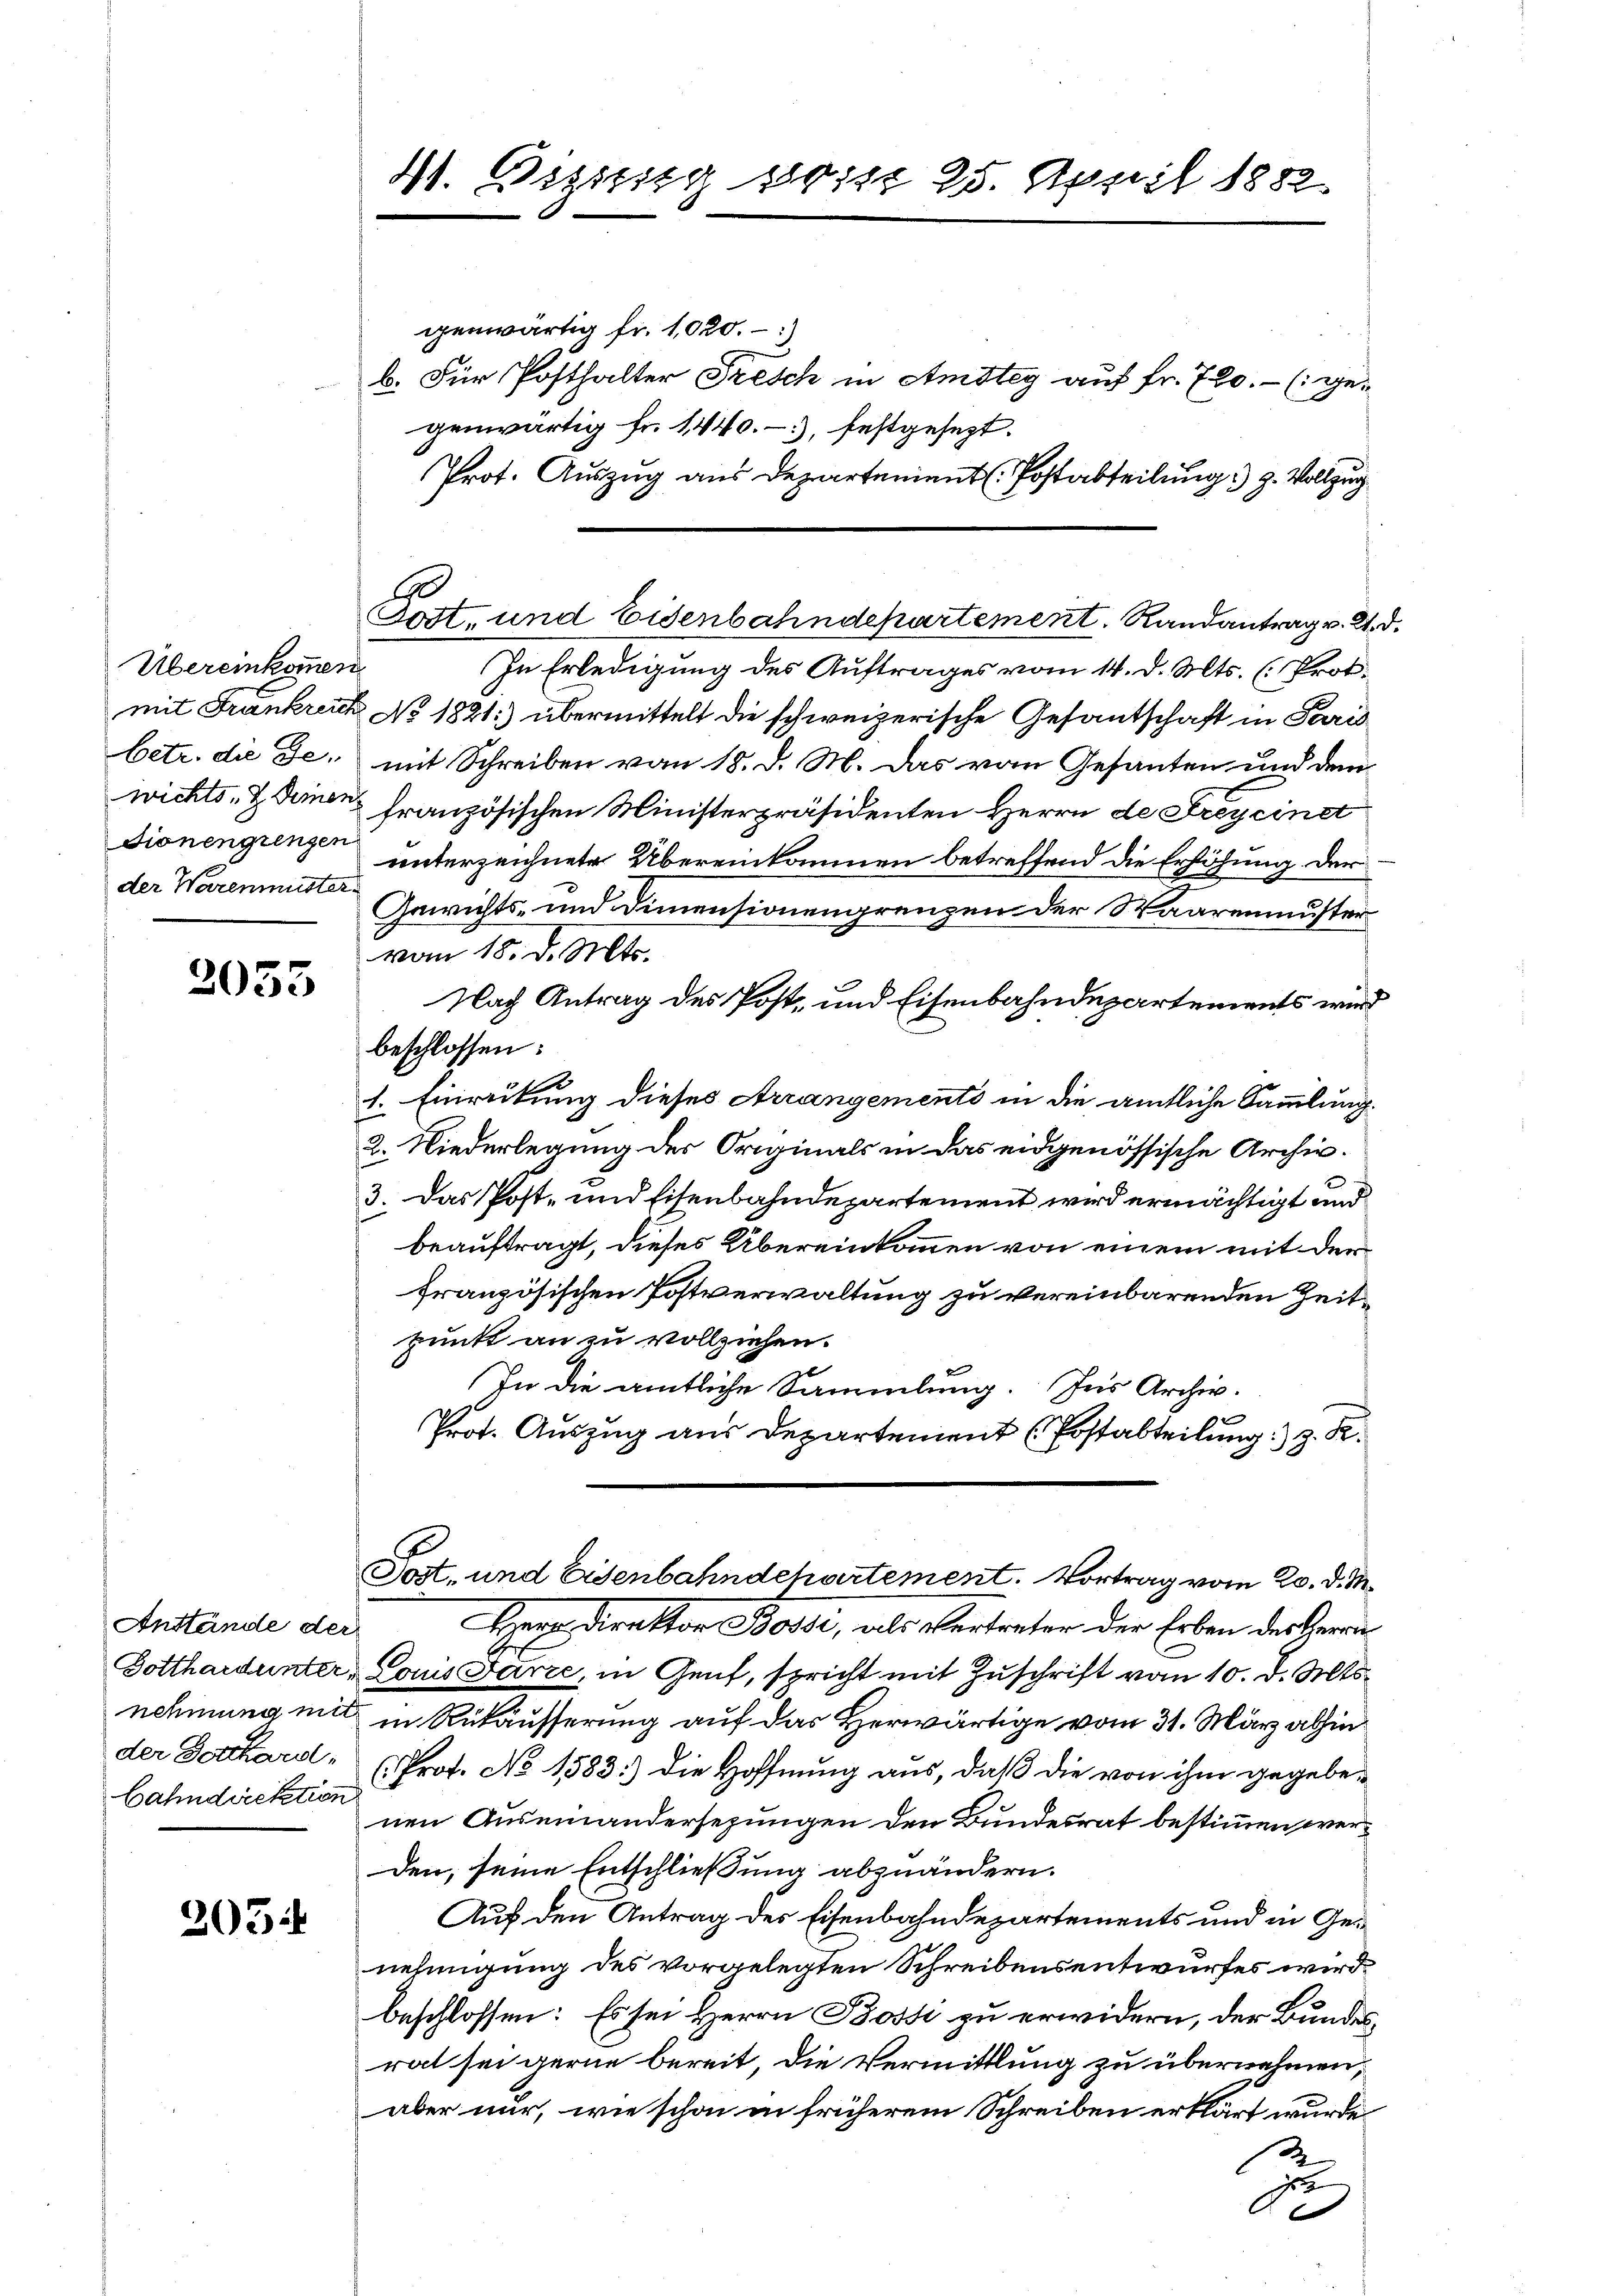
Übereinkommen
dionengrenzen
der Warenmuster

2053

Anstände der
bahndirektion

305:

4. Bisissig so ist 25. April 1882.

genwärtig fr. 1020.)
b. Für Posthalter Frisch in Amstey auf fr. 700.- (ge-
genwärtig fr. 1440.-), festgesezt.
Prot. Auszug aus Departement (Postabteilung) g. Vollzug
Tott und Eisenbahndepartement. Randantrag v. 2.
In Erledigung des Auftrages vom 14. d. Mts. (: Prot.
mit Frankreich No. 1821:) übermittelt die schweizerische Gesantschaft in Paris
betr. die de mit Schreiben von 18. d. M. das von Gesanten und dem
wichts- & die französischen Ministerpräsidenten Herrn de drey einet
unterzeichnete Übereinkommen betreffend die Erhöhung der
Gewichts- und Dimensionengrenzen der Waarenmuster
vom 18. d. Mts.
Nach Antrag des Post- und Eisenbahndepartements wird
beschlossen:
1. Einrückung dieses Arrangements in die amtliche Sammlung.
2. Niederlegung des Originals in das eidgenössische Archiv.
3. Das Post- und Eisenbahndepartement wird ermächtigt und
beauftragt, dieses Übereinkommen von einem mit der
französischen Postverwaltung zu vereinbarenden Zeits
punkt an zu vollziehen.
In die amtliche Sammlung. Ins Archiv.
Prot. Auszug aus Departement (Postabteilung) z. K.
Post- und Eisenbahndchartement. Vortrag vom 20. d. M.
Herr Direktor Bossi, als Vertreter der Erben der Herrn
Dotthardunter Louis Farze, in Genf, spricht mit Zuschrift vom 10. d. Mts.
nehmung mit in Rükäusserung auf das Herwärtige vom 31. März abhinder Gotthard " (Prot. No 1583:) die Hoffnung aus, daß die von ihm gegebenen Auseinandersezungen den Bundesrat bestimmen werden, seine Entschließung abzuändern.
Auf den Antrag des Eisenbahndepartements und in Genehmigung des vorgelegten Schreibensentwurfes wird.
beschlossen: Es sei Herrn Bossi zu erwidern, der Bundesrat sei gerne bereit, die Vermittlung zu übernehmen,
aber nur, wie schon in früherem Schreiben erklärt wurde
z